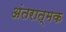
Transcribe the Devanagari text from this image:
अंतरात्मक